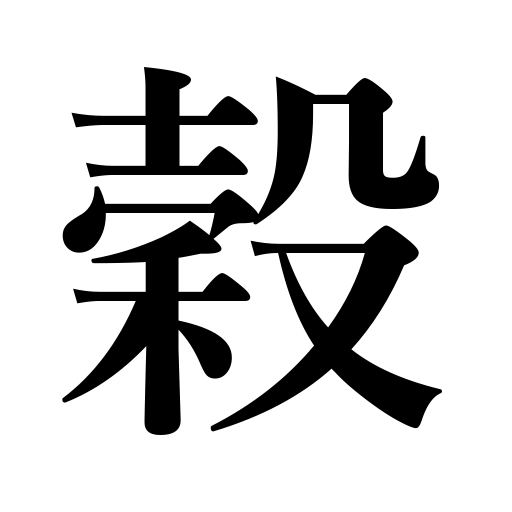
Meanings: cereals,grain